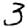
Digit: 3